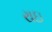
રાઇ